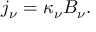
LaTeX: j _ { \nu } = \kappa _ { \nu } B _ { \nu } .